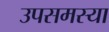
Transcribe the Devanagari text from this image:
उपसमस्या